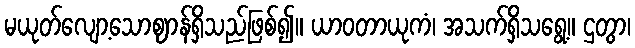
မယုတ်လျော့သောဈာန်ရှိသည်ဖြစ်၍။ ယာဝတာယုကံ၊ အသက်ရှိသရွေ့။ ဌတွာ၊